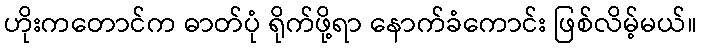
ဟိုးကတောင်က ဓာတ်ပုံ ရိုက်ဖို့ရာ နောက်ခံကောင်း ဖြစ်လိမ့်မယ်။